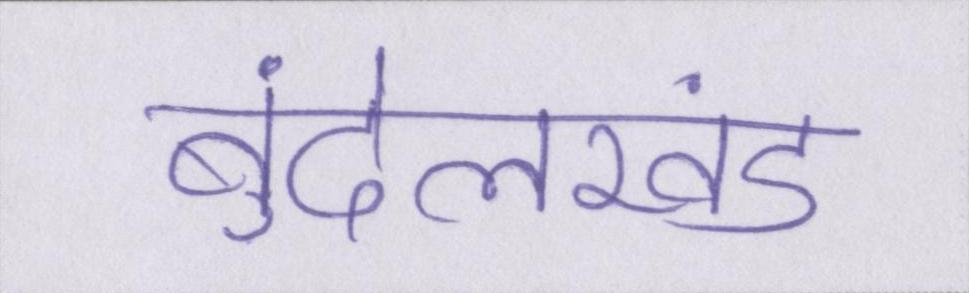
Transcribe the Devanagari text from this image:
बुंदेलखंड